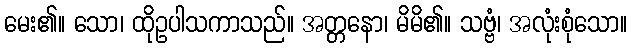
မေး၏။ သော၊ ထိုဥပါသကာသည်။ အတ္တနော၊ မိမိ၏။ သဗ္ဗံ၊ အလုံးစုံသော။